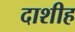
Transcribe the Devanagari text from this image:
दाशीह